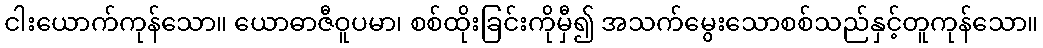
ငါးယောက်ကုန်သော။ ယောဓာဇီဝူပမာ၊ စစ်ထိုးခြင်းကိုမှီ၍ အသက်မွေးသောစစ်သည်နှင့်တူကုန်သော။